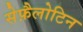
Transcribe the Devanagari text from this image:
सेफ़ैलोटिन